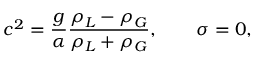
c ^ { 2 } = { \frac { g } { \alpha } } { \frac { \rho _ { L } - \rho _ { G } } { \rho _ { L } + \rho _ { G } } } , \qquad \sigma = 0 ,